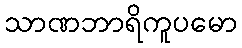
သာဏဘာရိကူပမော